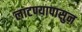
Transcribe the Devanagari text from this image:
लाटण्यापासुन